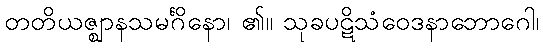
တတိယဇ္ဈာနသမင်္ဂိနော၊ ၏။ သုခပဋိသံဝေဒနာဘောဂေါ၊